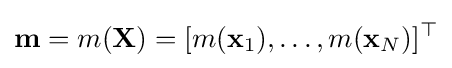
\mathbf {m} =m(\mathbf {X} )=[m(\mathbf {x} _{1}),\ldots ,m(\mathbf {x} _{N})]^{\top }